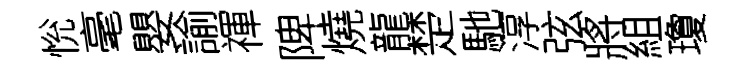
恱毫嬰諭禈陴燒龍楚馳淳弦將組瓊